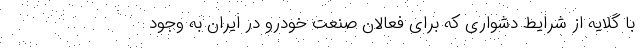
با گلایه از شرایط دشواری که برای فعالان صنعت خودرو در ایران به وجود